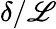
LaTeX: \delta/\mathscr{L}